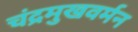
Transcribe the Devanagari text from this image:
चंद्रमुखवर्मन